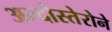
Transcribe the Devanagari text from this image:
अल्दोस्तेरोने